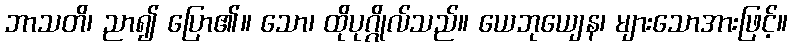
ဘာသတိ၊ ညာ၍ ပြော၏။ သော၊ ထိုပုဂ္ဂိုလ်သည်။ ယေဘုယျေန၊ များသောအားဖြင့်။